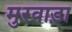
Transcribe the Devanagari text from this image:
मुरवाड़ा